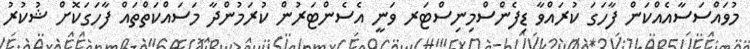
މުވައްސަސާއެއްކަން ފާހަގަ ކުރައްވާ ޑިފެންސްމިނިސްޓަރ ވަނީ އެސެންޓަރުން ކުރަމުންދާ މަސައްކަތްތައް ފާހަގަކޮށް ޝުކުރު